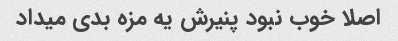
اصلا خوب نبود پنیرش یه مزه بدی میداد